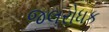
જલરોધક